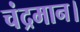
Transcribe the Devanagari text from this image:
चंद्रमान।